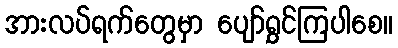
အားလပ်ရက်တွေမှာ ပျော်ရွှင်ကြပါစေ။